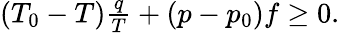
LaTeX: \begin{array}{r}{(T_{0}-T)\frac{q}{T}+(p-p_{0})f\geq 0.}\end{array}